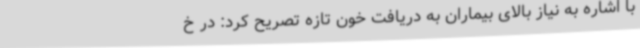
با اشاره به نیاز بالای بیماران به دریافت خون تازه تصریح کرد: در خ